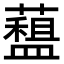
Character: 𧀽